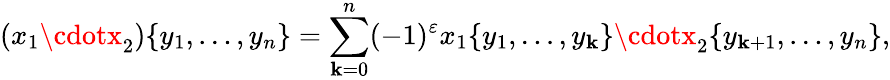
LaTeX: (x_{1}\cdotx_{2})\{ y_{1},\dots,y_{n}\} =\sum_{\mathbf{k}=0}^{n}(-1)^{\varepsilon}x_{1}\{ y_{1},\dots,y_{\mathbf{k}}\} \cdotx_{2}\{ y_{\mathbf{k}+1},\dots,y_{n}\} ,